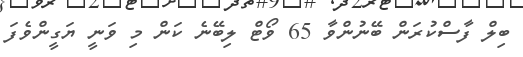
ބިލް ފާސްކުރަން ބޭނުންވާ 65 ވޯޓް ލިބޭނެ ކަން މި ވަނީ ޔަގީންވެފަ